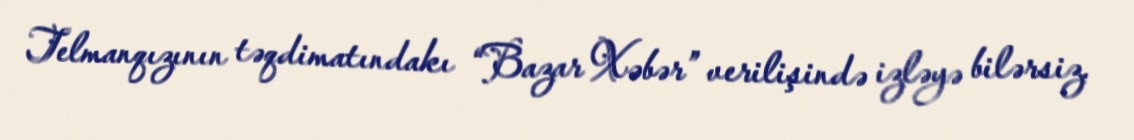
Telmanqızının təqdimatındakı “Bazar Xəbər” verilişində izləyə bilərsiz.